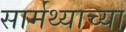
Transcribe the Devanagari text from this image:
सार्मथ्याच्या